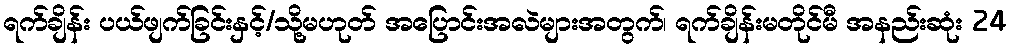
ရက်ချိန်း ပယ်ဖျက်ခြင်းနှင့်/သို့မဟုတ် အပြောင်းအလဲများအတွက်၊ ရက်ချိန်းမတိုင်မီ အနည်းဆုံး 24